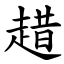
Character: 趞